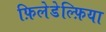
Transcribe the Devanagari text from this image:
फ़िलेडेल्फ़िया